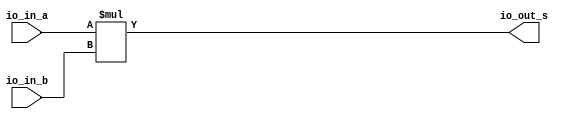
module multiplier(
  input  [23:0] io_in_a,
  input  [23:0] io_in_b,
  output [47:0] io_out_s
);
  assign io_out_s = io_in_a * io_in_b; // @[BinaryDesigns.scala 81:23]
endmodule
module full_subber(
  input  [7:0] io_in_b,
  output [7:0] io_out_s
);
  wire [8:0] _result_T = 8'h7f - io_in_b; // @[BinaryDesigns.scala 69:23]
  wire [9:0] _result_T_2 = _result_T - 9'h0; // @[BinaryDesigns.scala 69:34]
  wire [8:0] result = _result_T_2[8:0]; // @[BinaryDesigns.scala 68:22 69:12]
  assign io_out_s = result[7:0]; // @[BinaryDesigns.scala 70:23]
endmodule
module twoscomplement(
  input  [7:0] io_in,
  output [7:0] io_out
);
  wire [7:0] _x_T = ~io_in; // @[BinaryDesigns.scala 25:16]
  assign io_out = 8'h1 + _x_T; // @[BinaryDesigns.scala 25:14]
endmodule
module full_adder(
  input  [7:0] io_in_a,
  input  [7:0] io_in_b,
  output [7:0] io_out_s
);
  wire [8:0] _result_T = io_in_a + io_in_b; // @[BinaryDesigns.scala 55:23]
  wire [9:0] _result_T_1 = {{1'd0}, _result_T}; // @[BinaryDesigns.scala 55:34]
  wire [8:0] result = _result_T_1[8:0]; // @[BinaryDesigns.scala 54:22 55:12]
  assign io_out_s = result[7:0]; // @[BinaryDesigns.scala 56:23]
endmodule
module FP_multiplier(
  input         clock,
  input         reset,
  input  [31:0] io_in_a,
  input  [31:0] io_in_b,
  output [31:0] io_out_s
);
`ifdef RANDOMIZE_REG_INIT
  reg [31:0] _RAND_0;
`endif // RANDOMIZE_REG_INIT
  wire [23:0] multiplier_io_in_a; // @[FloatingPointDesigns.scala 289:28]
  wire [23:0] multiplier_io_in_b; // @[FloatingPointDesigns.scala 289:28]
  wire [47:0] multiplier_io_out_s; // @[FloatingPointDesigns.scala 289:28]
  wire [7:0] subber_io_in_b; // @[FloatingPointDesigns.scala 294:24]
  wire [7:0] subber_io_out_s; // @[FloatingPointDesigns.scala 294:24]
  wire [7:0] complementN_io_in; // @[FloatingPointDesigns.scala 300:29]
  wire [7:0] complementN_io_out; // @[FloatingPointDesigns.scala 300:29]
  wire [7:0] adderN_io_in_a; // @[FloatingPointDesigns.scala 304:24]
  wire [7:0] adderN_io_in_b; // @[FloatingPointDesigns.scala 304:24]
  wire [7:0] adderN_io_out_s; // @[FloatingPointDesigns.scala 304:24]
  wire  s_0 = io_in_a[31]; // @[FloatingPointDesigns.scala 254:20]
  wire  s_1 = io_in_b[31]; // @[FloatingPointDesigns.scala 255:20]
  wire [8:0] _T_2 = 9'h100 - 9'h2; // @[FloatingPointDesigns.scala 259:62]
  wire [8:0] _GEN_13 = {{1'd0}, io_in_a[30:23]}; // @[FloatingPointDesigns.scala 259:34]
  wire [8:0] _GEN_0 = _GEN_13 > _T_2 ? _T_2 : {{1'd0}, io_in_a[30:23]}; // @[FloatingPointDesigns.scala 259:68 260:14 262:14]
  wire [8:0] _GEN_14 = {{1'd0}, io_in_b[30:23]}; // @[FloatingPointDesigns.scala 264:34]
  wire [8:0] _GEN_1 = _GEN_14 > _T_2 ? _T_2 : {{1'd0}, io_in_b[30:23]}; // @[FloatingPointDesigns.scala 264:68 265:14 267:14]
  wire [22:0] exp_check_0 = {{15'd0}, io_in_a[30:23]}; // @[FloatingPointDesigns.scala 270:25 271:18]
  wire [22:0] _cond_holder_T_1 = exp_check_0 + 23'h1; // @[FloatingPointDesigns.scala 275:34]
  wire [22:0] exp_check_1 = {{15'd0}, io_in_b[30:23]}; // @[FloatingPointDesigns.scala 270:25 272:18]
  wire [22:0] _cond_holder_T_3 = 23'h7f - exp_check_1; // @[FloatingPointDesigns.scala 275:80]
  wire [22:0] _cond_holder_T_4 = ~_cond_holder_T_3; // @[FloatingPointDesigns.scala 275:42]
  wire [22:0] _cond_holder_T_6 = _cond_holder_T_1 + _cond_holder_T_4; // @[FloatingPointDesigns.scala 275:40]
  wire [22:0] frac_0 = io_in_a[22:0]; // @[FloatingPointDesigns.scala 279:23]
  wire [22:0] frac_1 = io_in_b[22:0]; // @[FloatingPointDesigns.scala 280:23]
  wire  new_s = s_0 ^ s_1; // @[FloatingPointDesigns.scala 311:19]
  wire [7:0] _new_exp_T_1 = adderN_io_out_s + 8'h1; // @[FloatingPointDesigns.scala 322:34]
  wire [22:0] _cond_holder_T_8 = exp_check_0 + 23'h2; // @[FloatingPointDesigns.scala 324:36]
  wire [22:0] _cond_holder_T_13 = _cond_holder_T_8 + _cond_holder_T_4; // @[FloatingPointDesigns.scala 324:42]
  wire [23:0] _new_mant_T_2 = {multiplier_io_out_s[46:24], 1'h0}; // @[FloatingPointDesigns.scala 330:73]
  wire [7:0] _GEN_2 = multiplier_io_out_s[47] ? _new_exp_T_1 : adderN_io_out_s; // @[FloatingPointDesigns.scala 321:60 322:15 327:15]
  wire [22:0] cond_holder = multiplier_io_out_s[47] ? _cond_holder_T_13 : _cond_holder_T_6; // @[FloatingPointDesigns.scala 321:60 324:19 329:19]
  wire [23:0] _GEN_5 = multiplier_io_out_s[47] ? {{1'd0}, multiplier_io_out_s[46:24]} : _new_mant_T_2; // @[FloatingPointDesigns.scala 321:60 325:16 330:16]
  reg [31:0] reg_out_s; // @[FloatingPointDesigns.scala 332:28]
  wire [22:0] _T_12 = ~cond_holder; // @[FloatingPointDesigns.scala 334:51]
  wire [22:0] _T_14 = 23'h1 + _T_12; // @[FloatingPointDesigns.scala 334:49]
  wire [22:0] _GEN_15 = {{14'd0}, _T_2}; // @[FloatingPointDesigns.scala 334:42]
  wire [8:0] _GEN_6 = cond_holder > _GEN_15 ? _T_2 : {{1'd0}, _GEN_2}; // @[FloatingPointDesigns.scala 339:63 340:17]
  wire [8:0] _GEN_9 = _GEN_15 >= _T_14 ? 9'h1 : _GEN_6; // @[FloatingPointDesigns.scala 334:67 335:15]
  wire [7:0] new_exp = _GEN_9[7:0]; // @[FloatingPointDesigns.scala 314:23]
  wire [23:0] _new_mant_T_4 = 24'h800000 - 24'h1; // @[FloatingPointDesigns.scala 341:47]
  wire [23:0] _GEN_7 = cond_holder > _GEN_15 ? _new_mant_T_4 : _GEN_5; // @[FloatingPointDesigns.scala 339:63 341:18]
  wire [23:0] _GEN_10 = _GEN_15 >= _T_14 ? 24'h400000 : _GEN_7; // @[FloatingPointDesigns.scala 334:67 336:16]
  wire [22:0] new_mant = _GEN_10[22:0]; // @[FloatingPointDesigns.scala 316:24]
  wire [31:0] _reg_out_s_T_1 = {new_s,new_exp,new_mant}; // @[FloatingPointDesigns.scala 337:37]
  wire [7:0] exp_0 = _GEN_0[7:0]; // @[FloatingPointDesigns.scala 258:19]
  wire [7:0] exp_1 = _GEN_1[7:0]; // @[FloatingPointDesigns.scala 258:19]
  multiplier multiplier ( // @[FloatingPointDesigns.scala 289:28]
    .io_in_a(multiplier_io_in_a),
    .io_in_b(multiplier_io_in_b),
    .io_out_s(multiplier_io_out_s)
  );
  full_subber subber ( // @[FloatingPointDesigns.scala 294:24]
    .io_in_b(subber_io_in_b),
    .io_out_s(subber_io_out_s)
  );
  twoscomplement complementN ( // @[FloatingPointDesigns.scala 300:29]
    .io_in(complementN_io_in),
    .io_out(complementN_io_out)
  );
  full_adder adderN ( // @[FloatingPointDesigns.scala 304:24]
    .io_in_a(adderN_io_in_a),
    .io_in_b(adderN_io_in_b),
    .io_out_s(adderN_io_out_s)
  );
  assign io_out_s = reg_out_s; // @[FloatingPointDesigns.scala 349:14]
  assign multiplier_io_in_a = {1'h1,frac_0}; // @[FloatingPointDesigns.scala 284:24]
  assign multiplier_io_in_b = {1'h1,frac_1}; // @[FloatingPointDesigns.scala 285:24]
  assign subber_io_in_b = _GEN_1[7:0]; // @[FloatingPointDesigns.scala 258:19]
  assign complementN_io_in = subber_io_out_s; // @[FloatingPointDesigns.scala 301:23]
  assign adderN_io_in_a = _GEN_0[7:0]; // @[FloatingPointDesigns.scala 258:19]
  assign adderN_io_in_b = complementN_io_out; // @[FloatingPointDesigns.scala 306:20]
  always @(posedge clock) begin
    if (reset) begin // @[FloatingPointDesigns.scala 332:28]
      reg_out_s <= 32'h0; // @[FloatingPointDesigns.scala 332:28]
    end else if (exp_0 == 8'h0 | exp_1 == 8'h0) begin // @[FloatingPointDesigns.scala 344:43]
      reg_out_s <= 32'h0; // @[FloatingPointDesigns.scala 345:17]
    end else begin
      reg_out_s <= _reg_out_s_T_1; // @[FloatingPointDesigns.scala 347:17]
    end
  end
// Register and memory initialization
`ifdef RANDOMIZE_GARBAGE_ASSIGN
`define RANDOMIZE
`endif
`ifdef RANDOMIZE_INVALID_ASSIGN
`define RANDOMIZE
`endif
`ifdef RANDOMIZE_REG_INIT
`define RANDOMIZE
`endif
`ifdef RANDOMIZE_MEM_INIT
`define RANDOMIZE
`endif
`ifndef RANDOM
`define RANDOM $random
`endif
`ifdef RANDOMIZE_MEM_INIT
  integer initvar;
`endif
`ifndef SYNTHESIS
`ifdef FIRRTL_BEFORE_INITIAL
`FIRRTL_BEFORE_INITIAL
`endif
initial begin
  `ifdef RANDOMIZE
    `ifdef INIT_RANDOM
      `INIT_RANDOM
    `endif
    `ifndef VERILATOR
      `ifdef RANDOMIZE_DELAY
        #`RANDOMIZE_DELAY begin end
      `else
        #0.002 begin end
      `endif
    `endif
`ifdef RANDOMIZE_REG_INIT
  _RAND_0 = {1{`RANDOM}};
  reg_out_s = _RAND_0[31:0];
`endif // RANDOMIZE_REG_INIT
  `endif // RANDOMIZE
end // initial
`ifdef FIRRTL_AFTER_INITIAL
`FIRRTL_AFTER_INITIAL
`endif
`endif // SYNTHESIS
endmodule